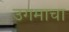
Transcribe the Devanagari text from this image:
उगमाचा